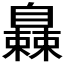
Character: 𬛰